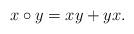
LaTeX: \begin{align*}x \circ y = xy+yx.\end{align*}